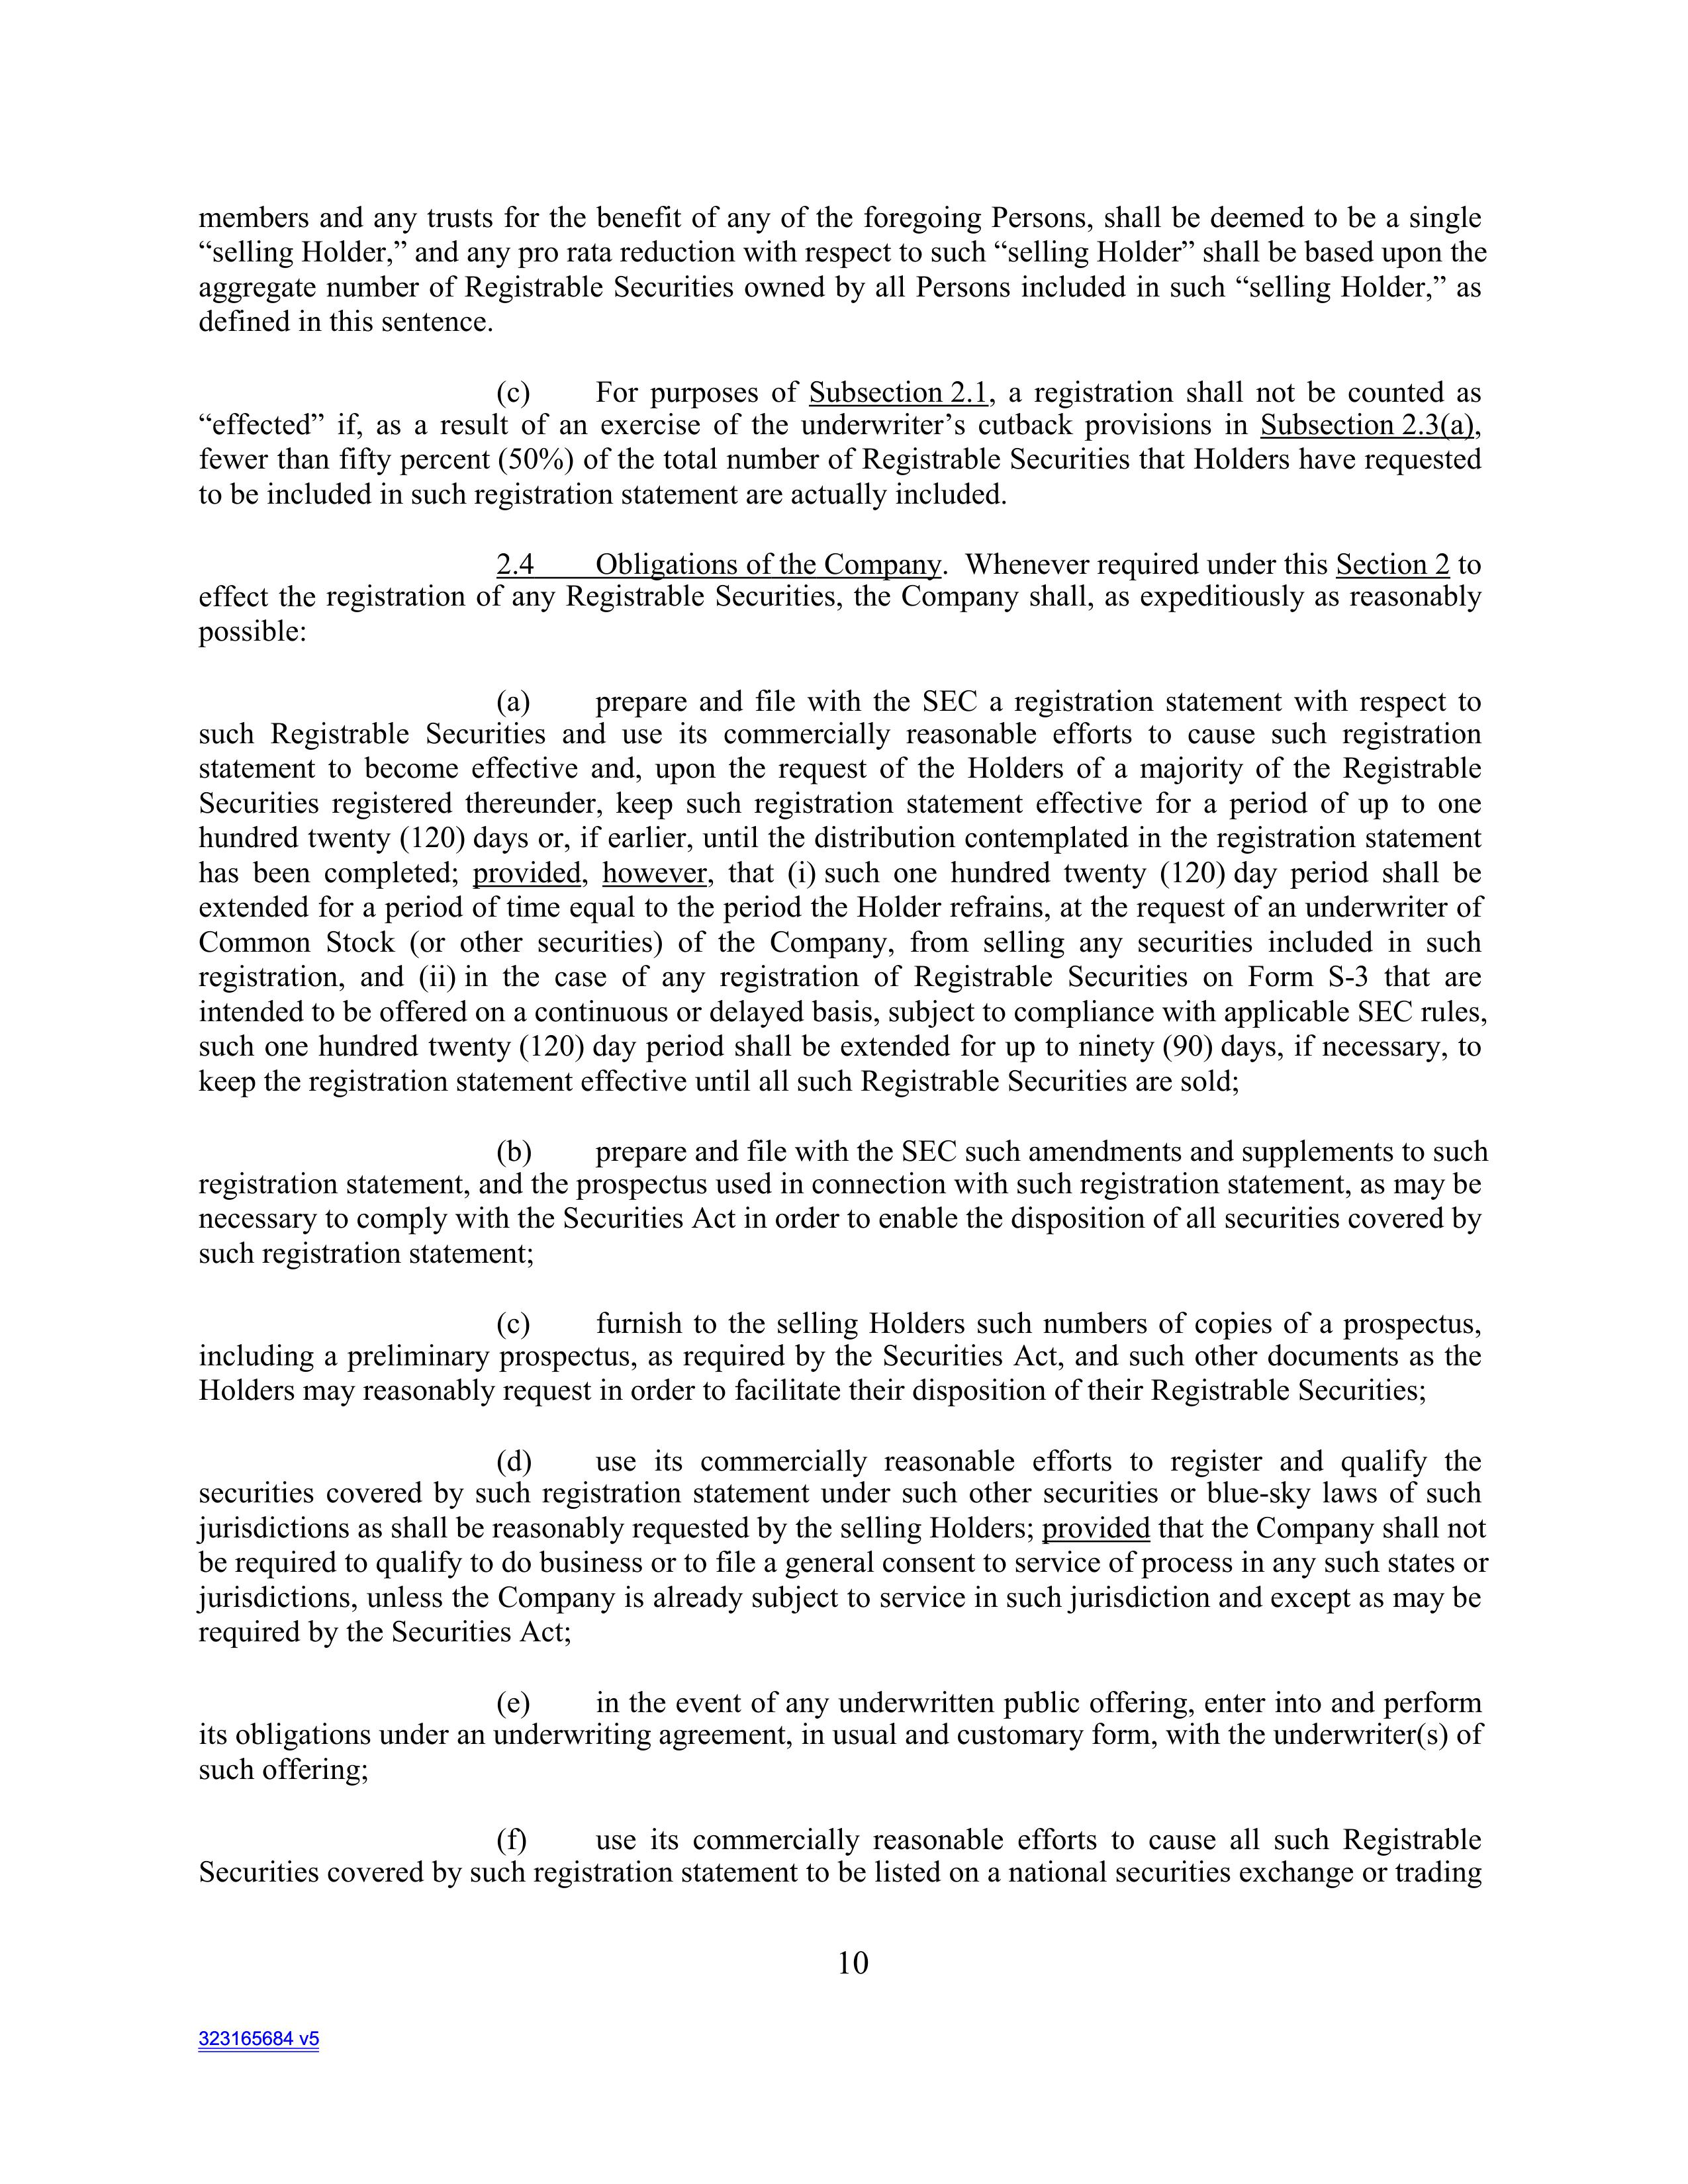
members and any trusts for the benefit of any of the foregoing Persons, shall be deemed to be a single
“selling Holder,” and any pro rata reduction with respect to such “selling Holder” shall be based upon the
aggregate number of Registrable Securities owned by all Persons included in such “selling Holder,” as
defined in this sentence.

        (c)     For purposes of Subsection 2.1, a registration shall not be counted as
“effected” if, as a result of an exercise of the underwriter’s cutback provisions in Subsection 2.3(a),
fewer than fifty percent (50%) of the total number of Registrable Securities that Holders have requested
to be included in such registration statement are actually included.

2.4     Obligations of the Company. Whenever required under this Section 2 to
effect the registration of any Registrable Securities, the Company shall, as expeditiously as reasonably
possible:

        (a)     prepare and file with the SEC a registration statement with respect to
such Registrable Securities and use its commercially reasonable efforts to cause such registration
statement to become effective and, upon the request of the Holders of a majority of the Registrable
Securities registered thereunder, keep such registration statement effective for a period of up to one
hundred twenty (120) days or, if earlier, until the distribution contemplated in the registration statement
has been completed; provided, however, that (i) such one hundred twenty (120) day period shall be
extended for a period of time equal to the period the Holder refrains, at the request of an underwriter of
Common Stock (or other securities) of the Company, from selling any securities included in such
registration, and (ii) in the case of any registration of Registrable Securities on Form S-3 that are
intended to be offered on a continuous or delayed basis, subject to compliance with applicable SEC rules,
such one hundred twenty (120) day period shall be extended for up to ninety (90) days, if necessary, to
keep the registration statement effective until all such Registrable Securities are sold;

        (b)     prepare and file with the SEC such amendments and supplements to such
registration statement, and the prospectus used in connection with such registration statement, as may be
necessary to comply with the Securities Act in order to enable the disposition of all securities covered by
such registration statement;

        (c)     furnish to the selling Holders such numbers of copies of a prospectus,
including a preliminary prospectus, as required by the Securities Act, and such other documents as the
Holders may reasonably request in order to facilitate their disposition of their Registrable Securities;

        (d)     use its commercially reasonable efforts to register and qualify the
securities covered by such registration statement under such other securities or blue-sky laws of such
jurisdictions as shall be reasonably requested by the selling Holders; provided that the Company shall not
be required to qualify to do business or to file a general consent to service of process in any such states or
jurisdictions, unless the Company is already subject to service in such jurisdiction and except as may be
required by the Securities Act;

        (e)     in the event of any underwritten public offering, enter into and perform
its obligations under an underwriting agreement, in usual and customary form, with the underwriter(s) of
such offering;

        (f)     use its commercially reasonable efforts to cause all such Registrable
Securities covered by such registration statement to be listed on a national securities exchange or trading

10

323165684 v5